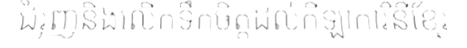
ជំរុញនិងលើកទឹកចិត្តដល់កីឡាការិនីខ្មែរ